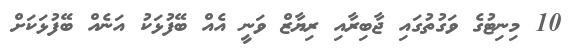
10 މިނިޓުގެ ވަގުތުގައި ޖާބިރާއި ރިޔާޒް ވަނީ އެއް ބޭފުޅަކު އަނެއް ބޭފުޅަކަށް